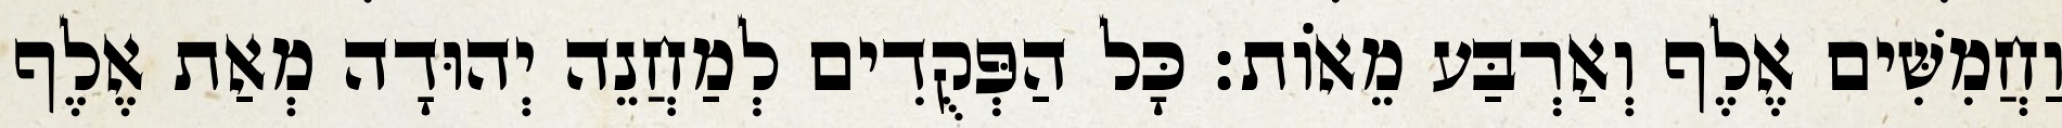
וַחֲמִשִּׁים אֶלֶף וְאַרְבַּע מֵאוֹת׃ כָּל הַפְּקֻדִים לְמַחֲנֵה יְהוּדָה מְאַת אֶלֶף